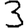
Digit: 3